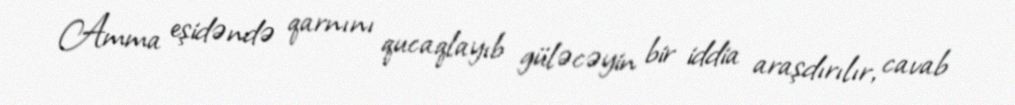
Amma eşidəndə qarnını qucaqlayıb güləcəyin bir iddia araşdırılır, cavab